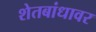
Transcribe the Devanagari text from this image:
शेतबांधावर